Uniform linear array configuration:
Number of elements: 8
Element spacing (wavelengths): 0.5
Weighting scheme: cosine
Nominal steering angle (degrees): -60
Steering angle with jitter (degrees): -59.22
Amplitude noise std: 0.05
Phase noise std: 0.05

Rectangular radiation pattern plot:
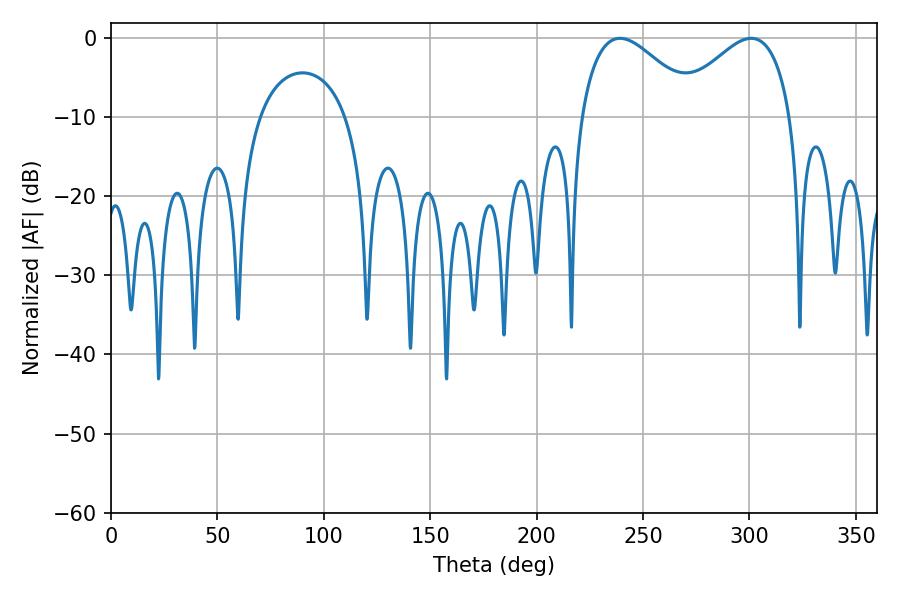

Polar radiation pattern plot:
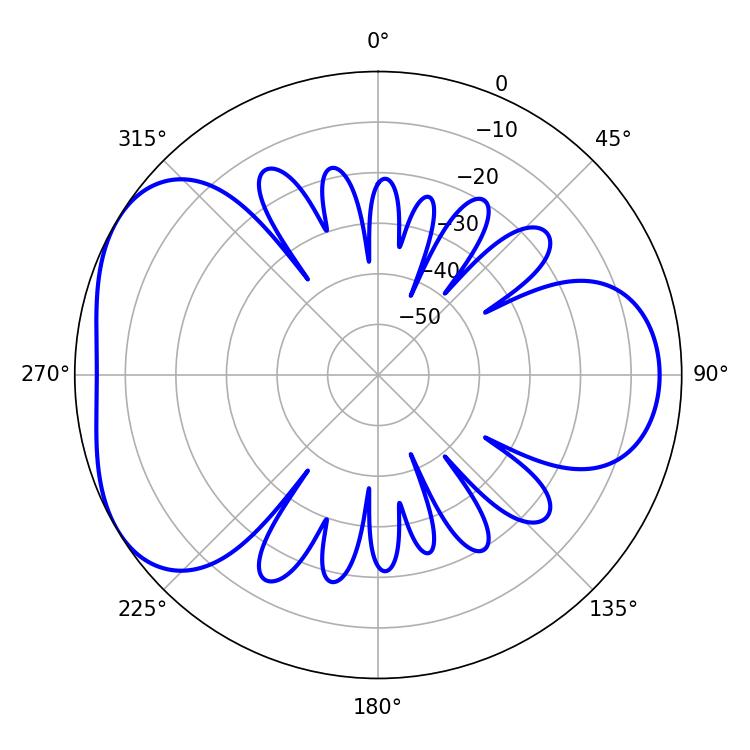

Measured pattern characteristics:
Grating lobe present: FALSE
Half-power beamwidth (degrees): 29.88
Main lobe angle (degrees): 239.22